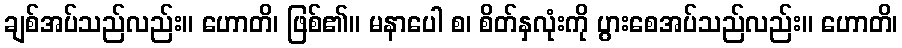
ချစ်အပ်သည်လည်း။ ဟောတိ၊ ဖြစ်၏။ မနာပေါ စ၊ စိတ်နှလုံးကို ပွားစေအပ်သည်လည်း။ ဟောတိ၊